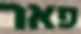
פאר